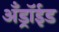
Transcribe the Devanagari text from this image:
अँड्रॉईड